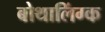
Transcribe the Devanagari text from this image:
बोथालिंग्क